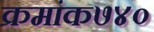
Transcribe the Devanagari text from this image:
क्रमांक७४०